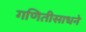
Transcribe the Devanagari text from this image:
गणितीसाधने